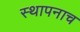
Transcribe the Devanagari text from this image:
स्थापनाच